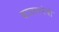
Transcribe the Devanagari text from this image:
बाजसनेयी